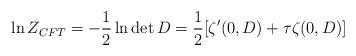
LaTeX: \begin{align*} \ln Z_{CFT} = -\frac{1}{2} \ln \det D = \frac{1}{2}[\zeta'(0, D) + \tau \zeta(0, D)] \end{align*}